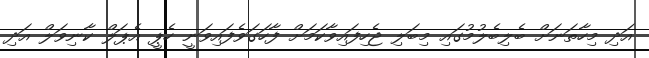
އަދި މިހާތަނަށް ބެލިބެލުމުގައި މިބަލި ޖެހިފައިވާކަމަށް ފާހަގަވެފައިވަނީ ހެޕީ އެޕަލް ކާނިވަލް އަދި